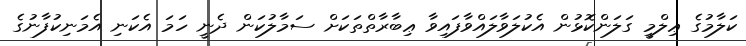
ކަލާމުގެ ޢިލްމީ ގަލަންކޮޅުން އެކުލަވާލައްވާފައިވާ ޢިބާރާތްތަކަށް ސަމާލުކަން ދެނީ ހަމަ އެކަނި އެމަނިކުފާނުގެ